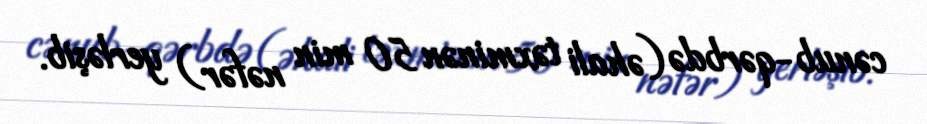
cənub-qərbdə (əhali təxminən 50 min nəfər) yerləşib.